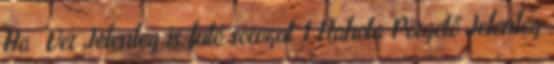
Ha Ver Jelenleg is futó sorozat 1 Hahota Pörgető Jelenleg